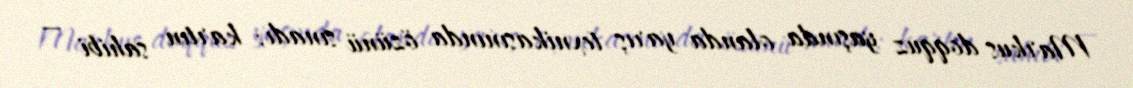
Markus doqquz yaşında olanda yarış texnikasınında özünü sınadı; kartın sahibi —